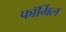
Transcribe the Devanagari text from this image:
फॉर्मिल